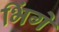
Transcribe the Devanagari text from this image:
भिंगे